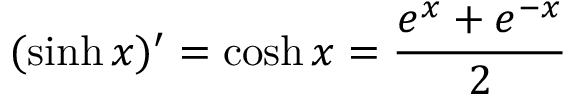
( \sinh x ) ^ { \prime } = \cosh x = { \frac { e ^ { x } + e ^ { - x } } { 2 } }